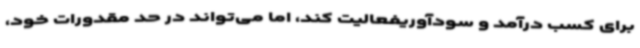
برای کسب درآمد و سودآوریفعالیت کند، اما می‌تواند در حد مقدورات خود،